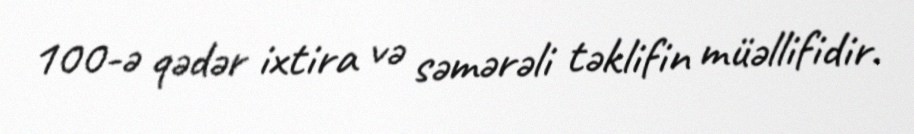
100-ə qədər ixtira və səmərəli təklifin müəllifidir.